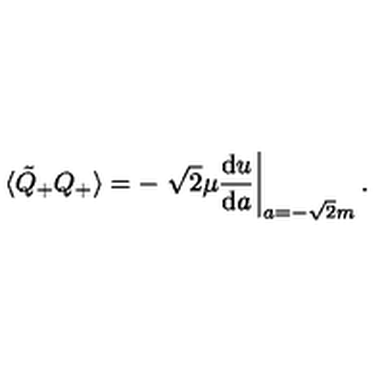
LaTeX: \langle \tilde { Q } _ { + } Q _ { + } \rangle = - \left. \sqrt { 2 } \mu \frac { \mathrm { d } u } { \mathrm { d } a } \right| _ { a = - \sqrt { 2 } m } .